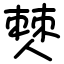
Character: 僰